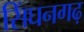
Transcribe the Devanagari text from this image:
सिंघनगढ़